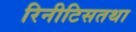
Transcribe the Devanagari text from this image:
रिनीटिसतथा